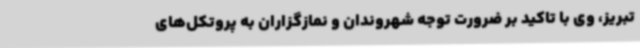
تبریز، وی با تاکید بر ضرورت توجه شهروندان و نمازگزاران به پروتکل‌های